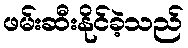
ဖမ်းဆီးနိုင်ခဲ့သည်